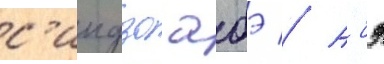
с'индзо абэ // Абэ